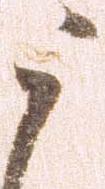
う